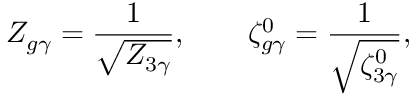
Z _ { g \gamma } = \frac { 1 } { \sqrt { Z _ { 3 \gamma } } } , \qquad \zeta _ { g \gamma } ^ { 0 } = \frac { 1 } { \sqrt { \zeta _ { 3 \gamma } ^ { 0 } } } ,